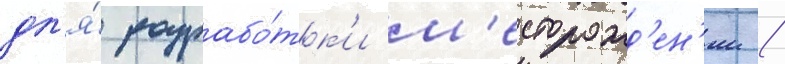
дл'я́ разрабо́тк'и м'есторожд'ен'ии /